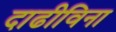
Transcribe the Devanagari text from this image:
दाढीविना